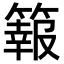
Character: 𥴆